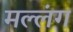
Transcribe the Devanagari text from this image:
मल्लंग